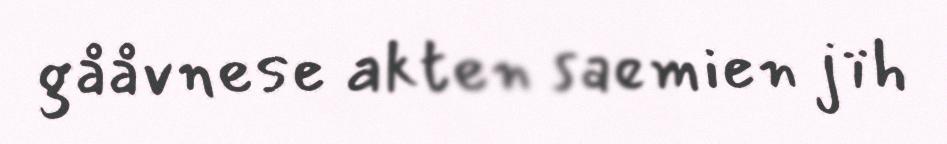
gååvnese akten saemien jïh